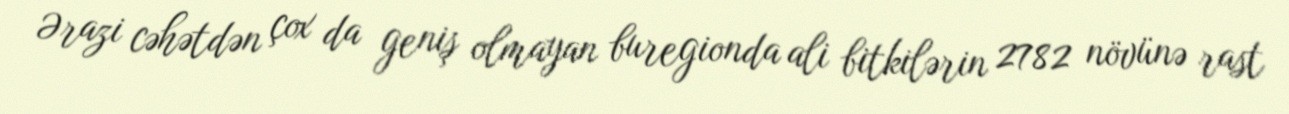
Ərazi cəhətdən çox da geniş olmayan buregionda ali bitkilərin 2782 növünə rast